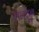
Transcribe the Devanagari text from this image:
ललहून